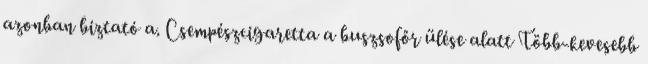
azonban biztató a. Csempészcigaretta a buszsofőr ülése alatt Több-kevesebb